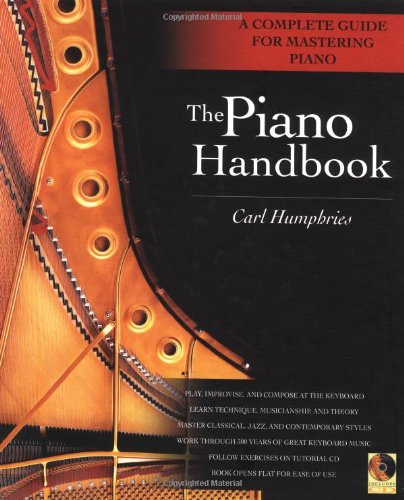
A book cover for The Piano Handbook: A Complete Guide for Mastering Piano; Carl Humphries; Arts & Photography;